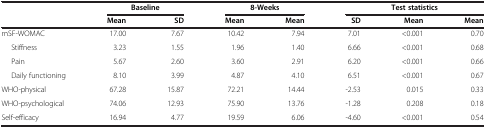
<table><thead><tr><td><b> </b></td><td colspan="2"><b>Baseline</b></td><td colspan="2"><b>8-Weeks</b></td><td colspan="3"><b>Test statistics</b></td></tr><tr><td><b> </b></td><td><b>Mean</b></td><td><b>SD</b></td><td><b>Mean</b></td><td><b>Mean</b></td><td><b>SD</b></td><td><b>Mean</b></td><td><b>Mean</b></td></tr></thead><tbody><tr><td>mSF-WOMAC</td><td>17.00</td><td>7.67</td><td>10.42</td><td>7.94</td><td>7.01</td><td>&lt;0.001</td><td>0.70</td></tr><tr><td>Stiffness</td><td>3.23</td><td>1.55</td><td>1.96</td><td>1.40</td><td>6.66</td><td>&lt;0.001</td><td>0.68</td></tr><tr><td>Pain</td><td>5.67</td><td>2.60</td><td>3.60</td><td>2.91</td><td>6.20</td><td>&lt;0.001</td><td>0.66</td></tr><tr><td>Daily functioning</td><td>8.10</td><td>3.99</td><td>4.87</td><td>4.10</td><td>6.51</td><td>&lt;0.001</td><td>0.67</td></tr><tr><td>WHO-physical</td><td>67.28</td><td>15.87</td><td>72.21</td><td>14.44</td><td>-2.53</td><td>0.015</td><td>0.33</td></tr><tr><td>WHO-psychological</td><td>74.06</td><td>12.93</td><td>75.90</td><td>13.76</td><td>-1.28</td><td>0.208</td><td>0.18</td></tr><tr><td>Self-efficacy</td><td>16.94</td><td>4.77</td><td>19.59</td><td>6.06</td><td>-4.60</td><td>&lt;0.001</td><td>0.54</td></tr></tbody></table>